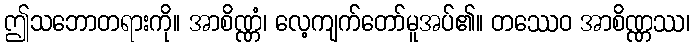
ဤသဘောတရားကို။ အာစိဏ္ဏံ၊ လေ့ကျက်တော်မူအပ်၏။ တဿေဝ အာစိဏ္ဏဿ၊